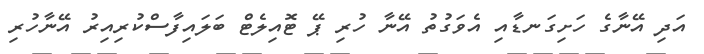
އަދި އޭނާގެ ހަށިގަނޑާއި އެވަގުތު އޭނާ ހުރި ޕޭ ޓޮއިލެޓް ބަލައިފާސްކުރިއިރު އޭނާހުރި